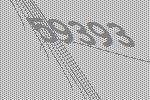
59393